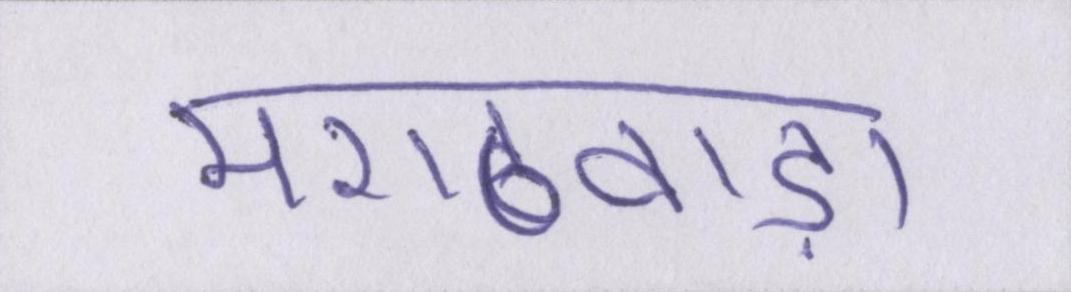
मराठवाड़ा